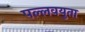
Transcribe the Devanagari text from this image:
पल्लवयुता